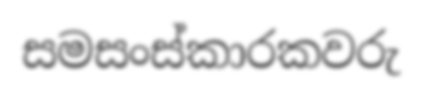
සමසංස්කාරකවරු